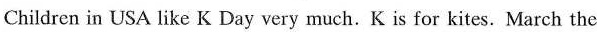
Children in USA like K Day very much. K is for kites. March the